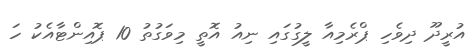
އުރީދޫ ދިވެހި ޕްރެމިއާ ލީގުގައި ނިއު އޮތީ މިވަގުތު 10 ޕޮއިންޓާއެކު ހަ